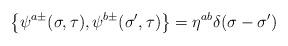
LaTeX: \begin{align*}\left\{ \psi ^{a\pm }(\sigma ,\tau ),\psi ^{b\pm }({\sigma }^{\prime },\tau)\right\} =\eta ^{ab}\delta (\sigma -{\sigma }^{\prime })\end{align*}